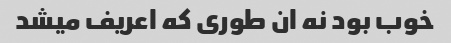
خوب بود نه ان طوری که اعریف میشد